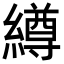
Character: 繜